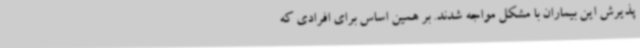
پذیرش این بیماران با مشکل مواجه شدند. بر همین اساس برای افرادی که